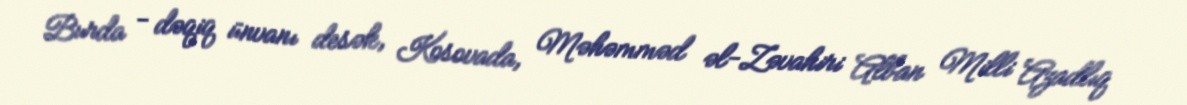
Burda - dəqiq ünvanı desək, Kosovada, Məhəmməd əl-Zəvahiri Alban Milli Azadlıq